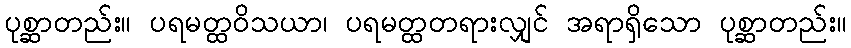
ပုစ္ဆာတည်း။ ပရမတ္ထဝိသယာ၊ ပရမတ္ထတရားလျှင် အရာရှိသော ပုစ္ဆာတည်း။